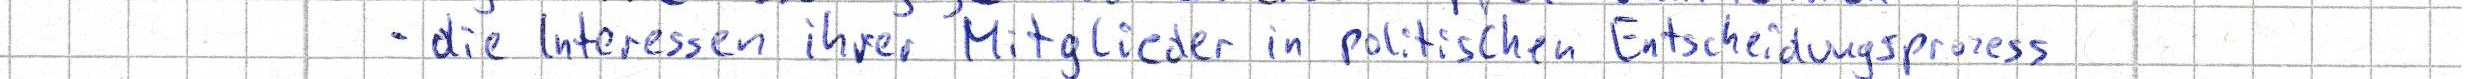
- die Interessen ihrer Mitglieder in politischen Entscheidungsprozess